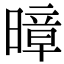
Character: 暲